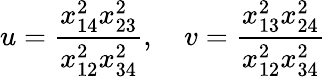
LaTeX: u=\frac{x_{14}^{2}x_{23}^{2}}{x_{12}^{2}x_{34}^{2}},\quad v=\frac{x_{13}^{2}x_{24}^{2}}{x_{12}^{2}x_{34}^{2}}